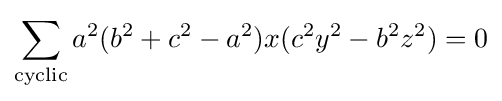
\sum _{\text{cyclic}}a^{2}(b^{2}+c^{2}-a^{2})x(c^{2}y^{2}-b^{2}z^{2})=0